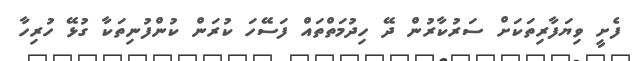
ފެށީ ވިޔަފާރިތަކަށް ސަރުކާރުން ދޭ ހިދުމަތްތައް ފަސޭހަ ކުރަން ކުންފުނިތަކާ ގުޅޭ ހުރިހާ